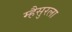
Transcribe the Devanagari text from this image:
म्हैसुरला